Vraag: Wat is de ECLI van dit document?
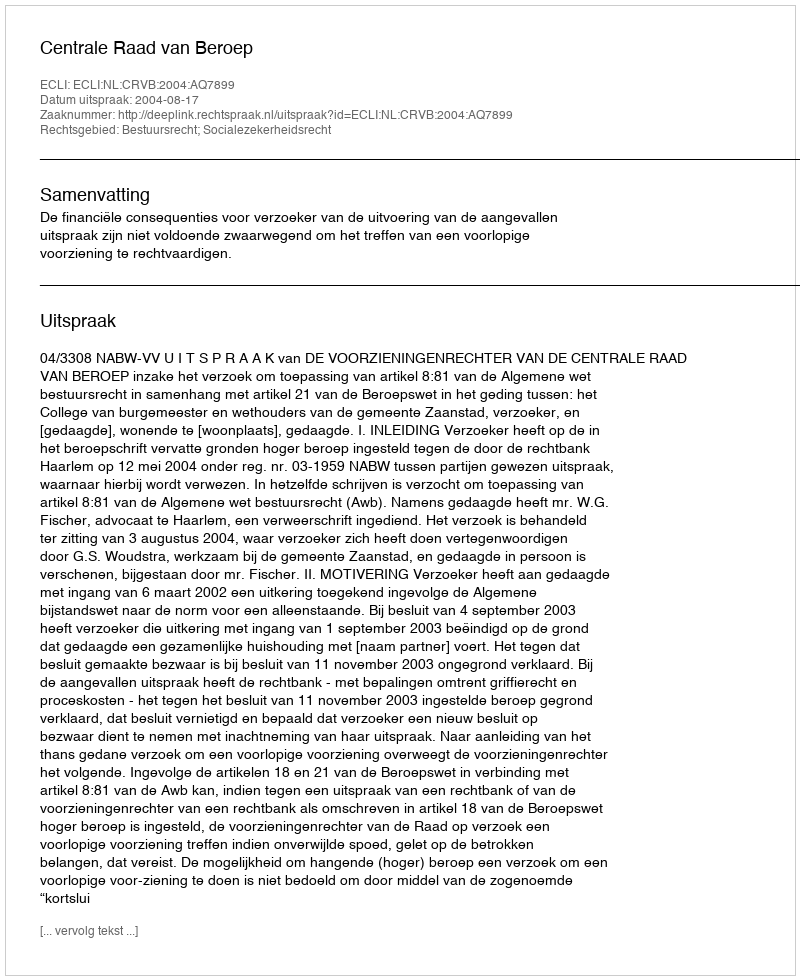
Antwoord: ECLI:NL:CRVB:2004:AQ7899